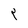
Character: P